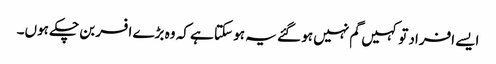
ایسے افراد تو کہیں گم نہیں ہو گئے یہ ہو سکتا ہے کہ وہ بڑے افسر بن چکے ہوں۔